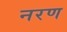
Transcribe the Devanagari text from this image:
नरण